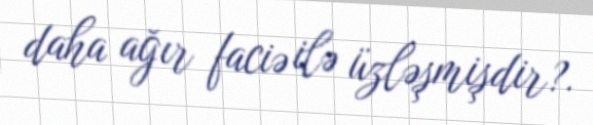
daha ağır faciə ilə üzləşmişdir?.